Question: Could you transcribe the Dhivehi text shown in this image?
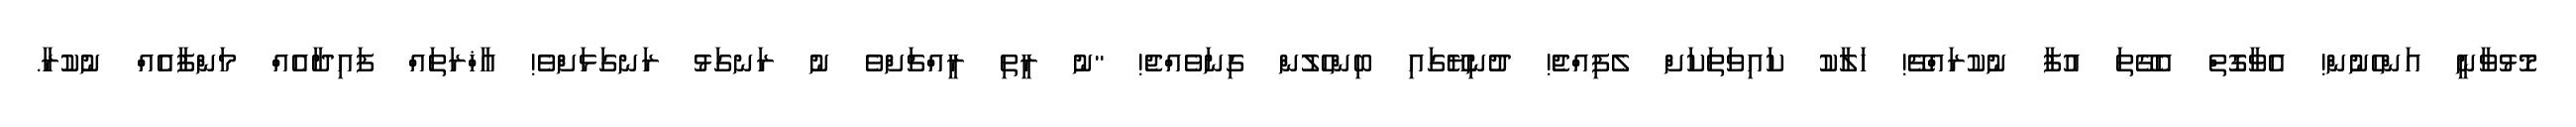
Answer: މޮޅުވާނީ އަންހެނުން! އެވާގޮތް އެގޭތަ އުފާ ނުކުރައްޗޭ! ހަލާކު ކައިވަތަކަށް ލެފިއްޖެ! ދުނިޔޭގައި ބިންހެލުން ގިނަވެއްޖެ! "ނު ރީތި ރީއްޗަށްވެ ނު ރަނގަޅު ރަނގަޅަށްވެ! އާޚްރަތައް ފައިދާއެއް މަންފާއެއް ނުކުރާ.